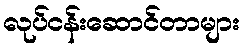
လုပ်ငန်းဆောင်တာများ